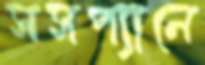
সসপ্যানে